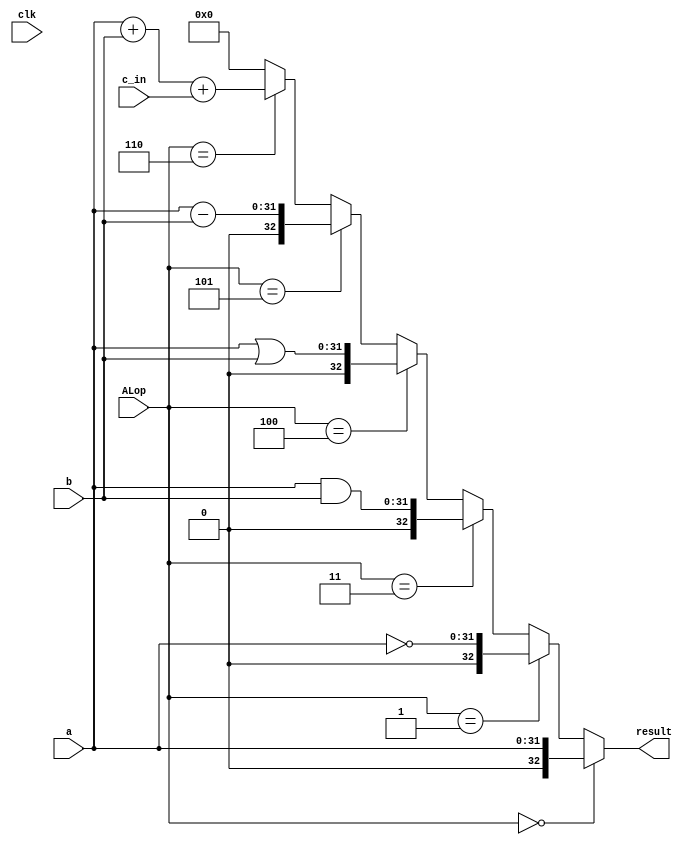
`timescale 1ns / 1ps
//////////////////////////////////////////////////////////////////////////////////
// Company: 
// Engineer: 
// 
// Design Name: 
// Module Name: SLT1bit
// Project Name: 
// Target Devices: 
// Tool Versions: 
// Description: 
// 
// Dependencies: 
// 
// Revision:
// Revision 0.01 - File Created
// Additional Comments:
// 
//////////////////////////////////////////////////////////////////////////////////

module TOPnbit_verification(result,clk,c_in,a,b,ALop);

  parameter X = 32;
	input [2:0] ALop;
	input clk;
	input [X-1:0] a, b;
	input c_in;
	output [X:0] result;

	
	wire [X-1:0] sum_to_reg;
	
	assign { result} = //verifies each function 
	(ALop == 3'b000) ? {a}:
	(ALop == 3'b001) ? {~a}:
	(ALop == 3'b011) ? {a&b}:
	(ALop == 3'b100) ? {a|b}:
	(ALop == 3'b101) ? {a-b}:
	(ALop == 3'b110) ? a+b+c_in:
	0;

endmodule